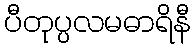
ပီတုပ္ပလမဓာရိနီ